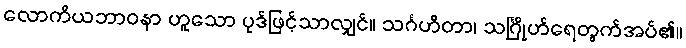
လောကိယဘာဝနာ ဟူသော ပုဒ်ဖြင့်သာလျှင်။ သင်္ဂဟိတာ၊ သင်္ဂြိုဟ်ရေတွက်အပ်၏။